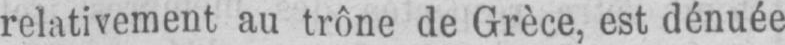
relativement au trône de Grèce, est dénuée